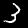
Label: 3